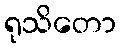
ရုသိတော